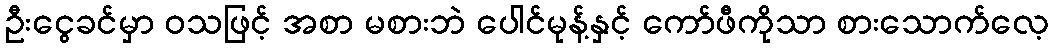
ဦးငွေခင်မှာ ဝသဖြင့် အစာ မစားဘဲ ပေါင်မုန့်နှင့် ကော်ဖီကိုသာ စားသောက်လေ့